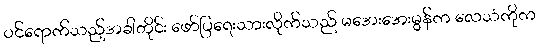
ဝင်ရောက်သည့်အခါတိုင်း ဖော်ပြရေးသားလိုက်သည် မအေးအေးမွန်က လေသံကိုက